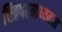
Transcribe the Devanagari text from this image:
चित्रपटमाध्यमात